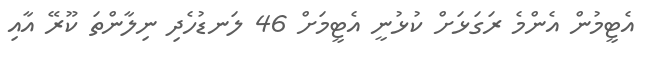
އެޓީމުން އެންމެ ރަގަޅަށް ކުޅުނީ އެޓީމަށް 46 ލަނޑުހެދި ނިލާންތަ ކޫރޭ އާއި